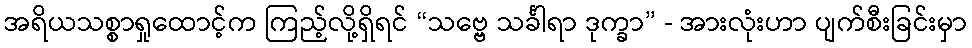
အရိယသစ္စာရှုထောင့်က ကြည့်လို့ရှိရင် “သဗ္ဗေ သင်္ခါရာ ဒုက္ခာ” - အားလုံးဟာ ပျက်စီးခြင်းမှာ